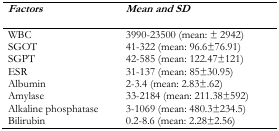
| Factors | Mean and SD |
 | --- | --- |
 | WBC | 3990–23500 (mean: ± 2942) |
 | SGOT | 41–322 (mean: 96.6±76.91) |
 | SGPT | 42–585 (mean: 122.47±121) |
 | ESR | 31–137 (mean: 85±30.95) |
 | Albumin | 2–3.4 (mean: 2.83±.62) |
 | Amylase | 33–2184 (mean: 211.38±592) |
 | Alkaline phosphatase | 3–1069 (mean: 480.3±234.5) |
 | Bilirubin | 0.2–8.6 (mean: 2.28±2.56) |